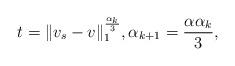
LaTeX: \begin{align*}t = \|v_s -v\|_1^\frac{\alpha_k}{3}, \alpha_{k+1} = \frac{\alpha \alpha_k}{3},\end{align*}